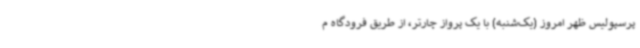
پرسپولیس ظهر امروز (یک‌شنبه) با یک پرواز چارتر، از طریق فرودگاه م